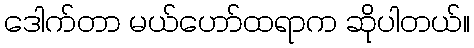
ဒေါက်တာ မယ်ဟော်ထရာက ဆိုပါတယ်။